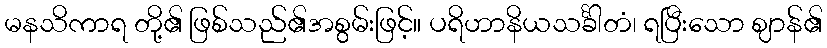
မနသိကာရ တို့၏ ဖြစ်သည်၏အစွမ်းဖြင့်။ ပရိဟာနိယသင်္ခါတံ၊ ရပြီးသော ဈာန်၏